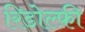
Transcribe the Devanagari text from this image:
रिडोल्फ़ी